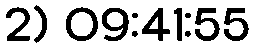
2) 09:41:55